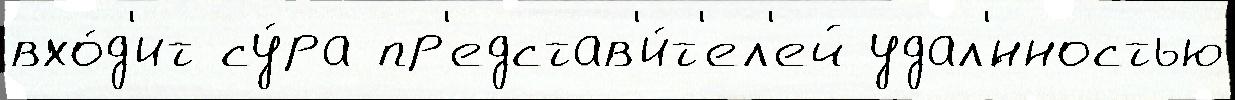
вхо́д'ит су́ра пр'едстав'и́т'ел'ей удал'́нностью